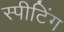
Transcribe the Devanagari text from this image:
स्पीटिंग